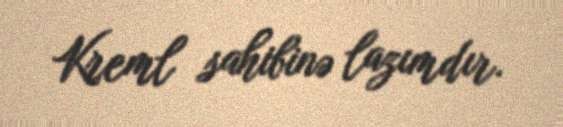
Kreml sahibinə lazımdır.